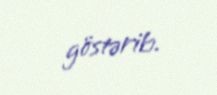
göstərib.